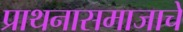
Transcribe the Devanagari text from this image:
प्राथनासमाजाचे